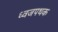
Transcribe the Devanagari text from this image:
ध्वजपथक